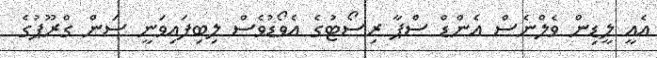
އެއީ ލީޑިން ވެލްނެސް އެންޑް ސްޕާ ރިސޯޓުގެ އެވޯޑުވެސް ލިބިފައިވަނީ ސަން ގްރޫޕުގެ